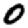
Digit: 0